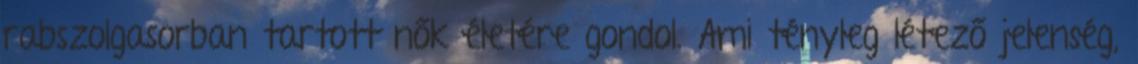
rabszolgasorban tartott nők életére gondol. Ami tényleg létező jelenség,